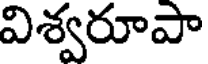
విశ్వరూపా